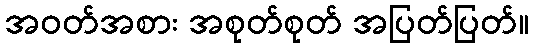
အဝတ်အစား အစုတ်စုတ် အပြတ်ပြတ်။